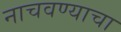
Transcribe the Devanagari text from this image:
नाचवण्याचा